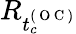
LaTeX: R_{t_{c}^{(\mathrm{~O~C~})}}